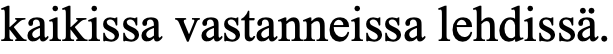
kaikissa vastanneissa lehdissä.